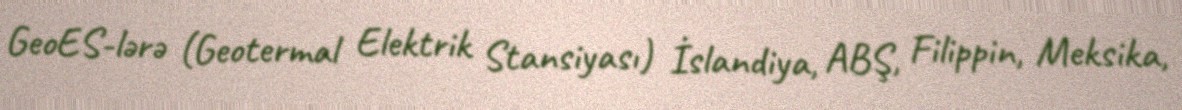
GeoES-lərə (Geotermal Elektrik Stansiyası) İslandiya, ABŞ, Filippin, Meksika,